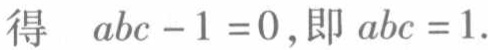
得 \(abc - 1 = 0\),即 \(abc = 1\).